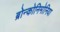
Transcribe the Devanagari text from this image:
ब्रोन्कोनिमोनिया